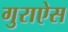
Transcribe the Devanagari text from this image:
गुराऐस